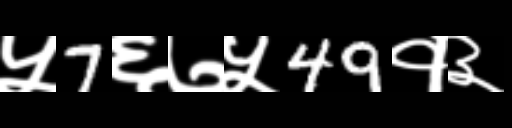
Text: ५7६७५49१३